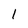
Character: 1